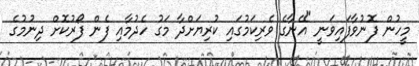
މީހުން ފޮނުވާފައިވަނީ "އޭނާގެ ވެރިކަމުގައި ކުރިޔަށްދާ މަގު ހެދުމާއި ފެން ފޯރުކޮށް ދިނުމުގެ